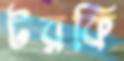
টরকি